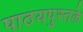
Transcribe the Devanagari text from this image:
पाठयपुस्तके